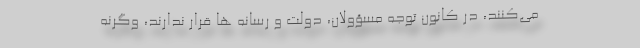
می‌کنند، در کانون توجه مسؤولان، دولت و رسانه ها قرار ندارند، وگرنه